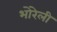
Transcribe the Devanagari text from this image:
भोरेली